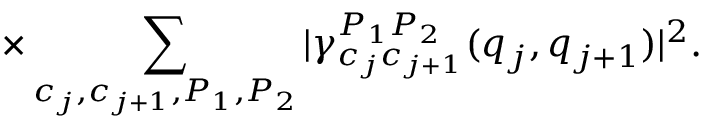
\times \sum _ { c _ { j } , c _ { j + 1 } , { P _ { 1 } , P _ { 2 } } } | \gamma _ { c _ { j } c _ { j + 1 } } ^ { P _ { 1 } P _ { 2 } } ( q _ { j } , q _ { j + 1 } ) | ^ { 2 } .